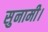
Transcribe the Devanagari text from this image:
सुनामी।